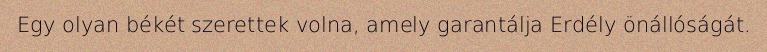
Egy olyan békét szerettek volna, amely garantálja Erdély önállóságát.